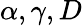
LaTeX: \alpha,\gamma,D